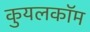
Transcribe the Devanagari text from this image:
कुयलकॉम